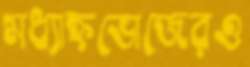
মধ্যাহ্নভোজেরও